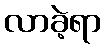
လာခဲ့ရာ